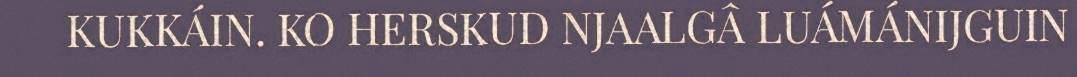
KUKKÁIN. KO HERSKUD NJAALGÂ LUÁMÁNIJGUIN